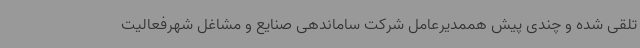
تلقی شده و چندی پیش هممدیرعامل شرکت ساماندهی صنایع و مشاغل شهرفعالیت